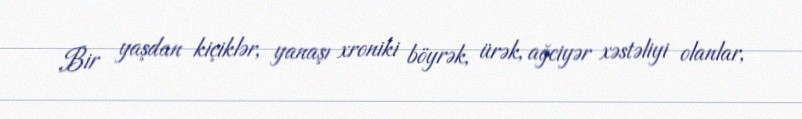
Bir yaşdan kiçiklər, yanaşı xroniki böyrək, ürək, ağciyər xəstəliyi olanlar,